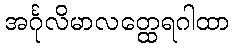
အင်္ဂုလိမာလတ္ထေရဂါထာ